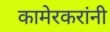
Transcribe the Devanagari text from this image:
कामेरकरांनी